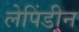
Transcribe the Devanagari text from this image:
लेपिंडीन